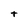
Character: t